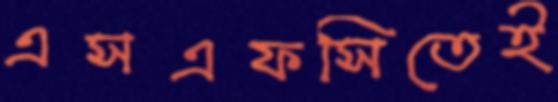
এসএফসিতেই